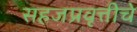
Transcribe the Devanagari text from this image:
सहजप्रवृत्तीचे